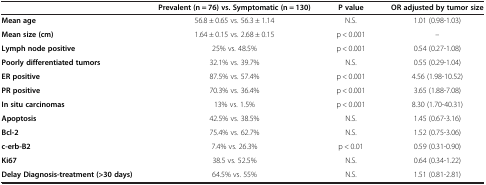
<table><thead><tr><td><b> </b></td><td><b>Prevalent (n = 76) vs. Symptomatic (n = 130)</b></td><td><b>P value</b></td><td><b>OR adjusted by tumor size</b></td></tr></thead><tbody><tr><td><b>Mean age</b></td><td>56.8 ± 0.65 vs. 56.3 ± 1.14</td><td>N.S.</td><td>1.01 (0.98-1.03)</td></tr><tr><td><b>Mean size (cm)</b></td><td>1.64 ± 0.15 vs. 2.68 ± 0.15</td><td>p &lt; 0.001</td><td>--</td></tr><tr><td><b>Lymph node positive</b></td><td>25% vs. 48.5%</td><td>p &lt; 0.001</td><td>0.54 (0.27-1.08)</td></tr><tr><td><b>Poorly differentiated tumors</b></td><td>32.1% vs. 39.7%</td><td>N.S.</td><td>0.55 (0.29-1.04)</td></tr><tr><td><b>ER positive</b></td><td>87.5% vs. 57.4%</td><td>p &lt; 0.001</td><td>4.56 (1.98-10.52)</td></tr><tr><td><b>PR positive</b></td><td>70.3% vs. 36.4%</td><td>p &lt; 0.001</td><td>3.65 (1.88-7.08)</td></tr><tr><td><b>In situ carcinomas</b></td><td>13% vs. 1.5%</td><td>p &lt; 0.001</td><td>8.30 (1.70-40.31)</td></tr><tr><td><b>Apoptosis</b></td><td>42.5% vs. 38.5%</td><td>N.S.</td><td>1.45 (0.67-3.16)</td></tr><tr><td><b>Bcl-2</b></td><td>75.4% vs. 62.7%</td><td>N.S.</td><td>1.52 (0.75-3.06)</td></tr><tr><td><b>c-erb-B2</b></td><td>7.4% vs. 26.3%</td><td>p &lt; 0.01</td><td>0.59 (0.31-0.90)</td></tr><tr><td><b>Ki67</b></td><td>38.5 vs. 52.5%</td><td>N.S.</td><td>0.64 (0.34-1.22)</td></tr><tr><td><b>Delay Diagnosis-treatment (&gt;30 days)</b></td><td>64.5% vs. 55%</td><td>N.S.</td><td>1.51 (0.81-2.81)</td></tr></tbody></table>